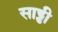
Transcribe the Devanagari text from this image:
साड्डी